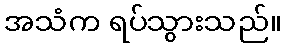
အသံက ရပ်သွားသည်။